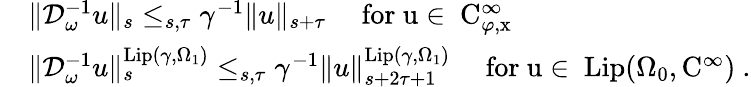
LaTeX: \begin{array}{rl}&{\rVert\mathcal{D}_{\omega}^{-1}u\rVert_{s}\le_{s,\tau}\gamma^{-1}\rVert u\rVert_{s+\tau}\quad\mathrm{~for~u\in~C_{\varphi,x}^\infty~}}\\ &{\rVert\mathcal{D}_{\omega}^{-1}u\rVert_{s}^{\mathrm{Lip}(\gamma,\Omega_{1})}\le_{s,\tau}\gamma^{-1}\rVert u\rVert_{s+2\tau+1}^{\mathrm{Lip}(\gamma,\Omega_{1})}\quad\mathrm{~for~u\in~\mathrm{Lip}(\Omega_0,C^\infty)~}.}\end{array}